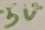
Text: 5V